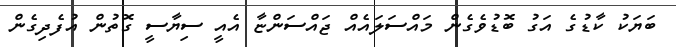
ބަޔަކު ކާޑުގެ އަގު ބޮޑުވެގެން މައްސަލައެއް ޖައްސަންޏާ އެއީ ސިޔާސީ ގޮތުން އުފެދިގެން